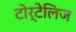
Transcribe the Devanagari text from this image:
टोर्टेलिज